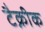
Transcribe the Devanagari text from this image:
टैक्नीक